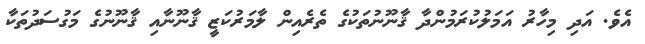
އެވެ. އަދި މިހާރު އަމަލުކުރަމުންދާ ޤާނޫނުތަކުގެ ތެރެއިން ލާމަރުކަޒީ ޤާނޫނާއި ޤާނޫނުގެ މަގުސަދުތަކާ